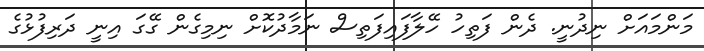
މަންމައަށް ނިދުނީ. ދެން ފަތިހު ހޭލާފައިފަތިސް ނަމާދުކޮށް ނިމިގެން ގޭގަ އިނީ ދަރިފުޅުގެ